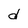
Character: d